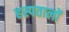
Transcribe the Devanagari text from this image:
हस्पतालों